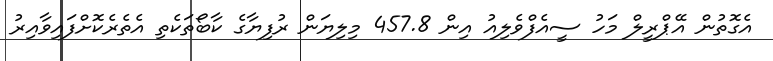
އެގޮތުން އޭޕްރީލް މަހު ސީއެފްވެލިއު އިން 457.8 މިލިޔަން ރުފިޔާގެ ކާބޯތަކެތި އެތެރެކޮށްފައިވާއިރު